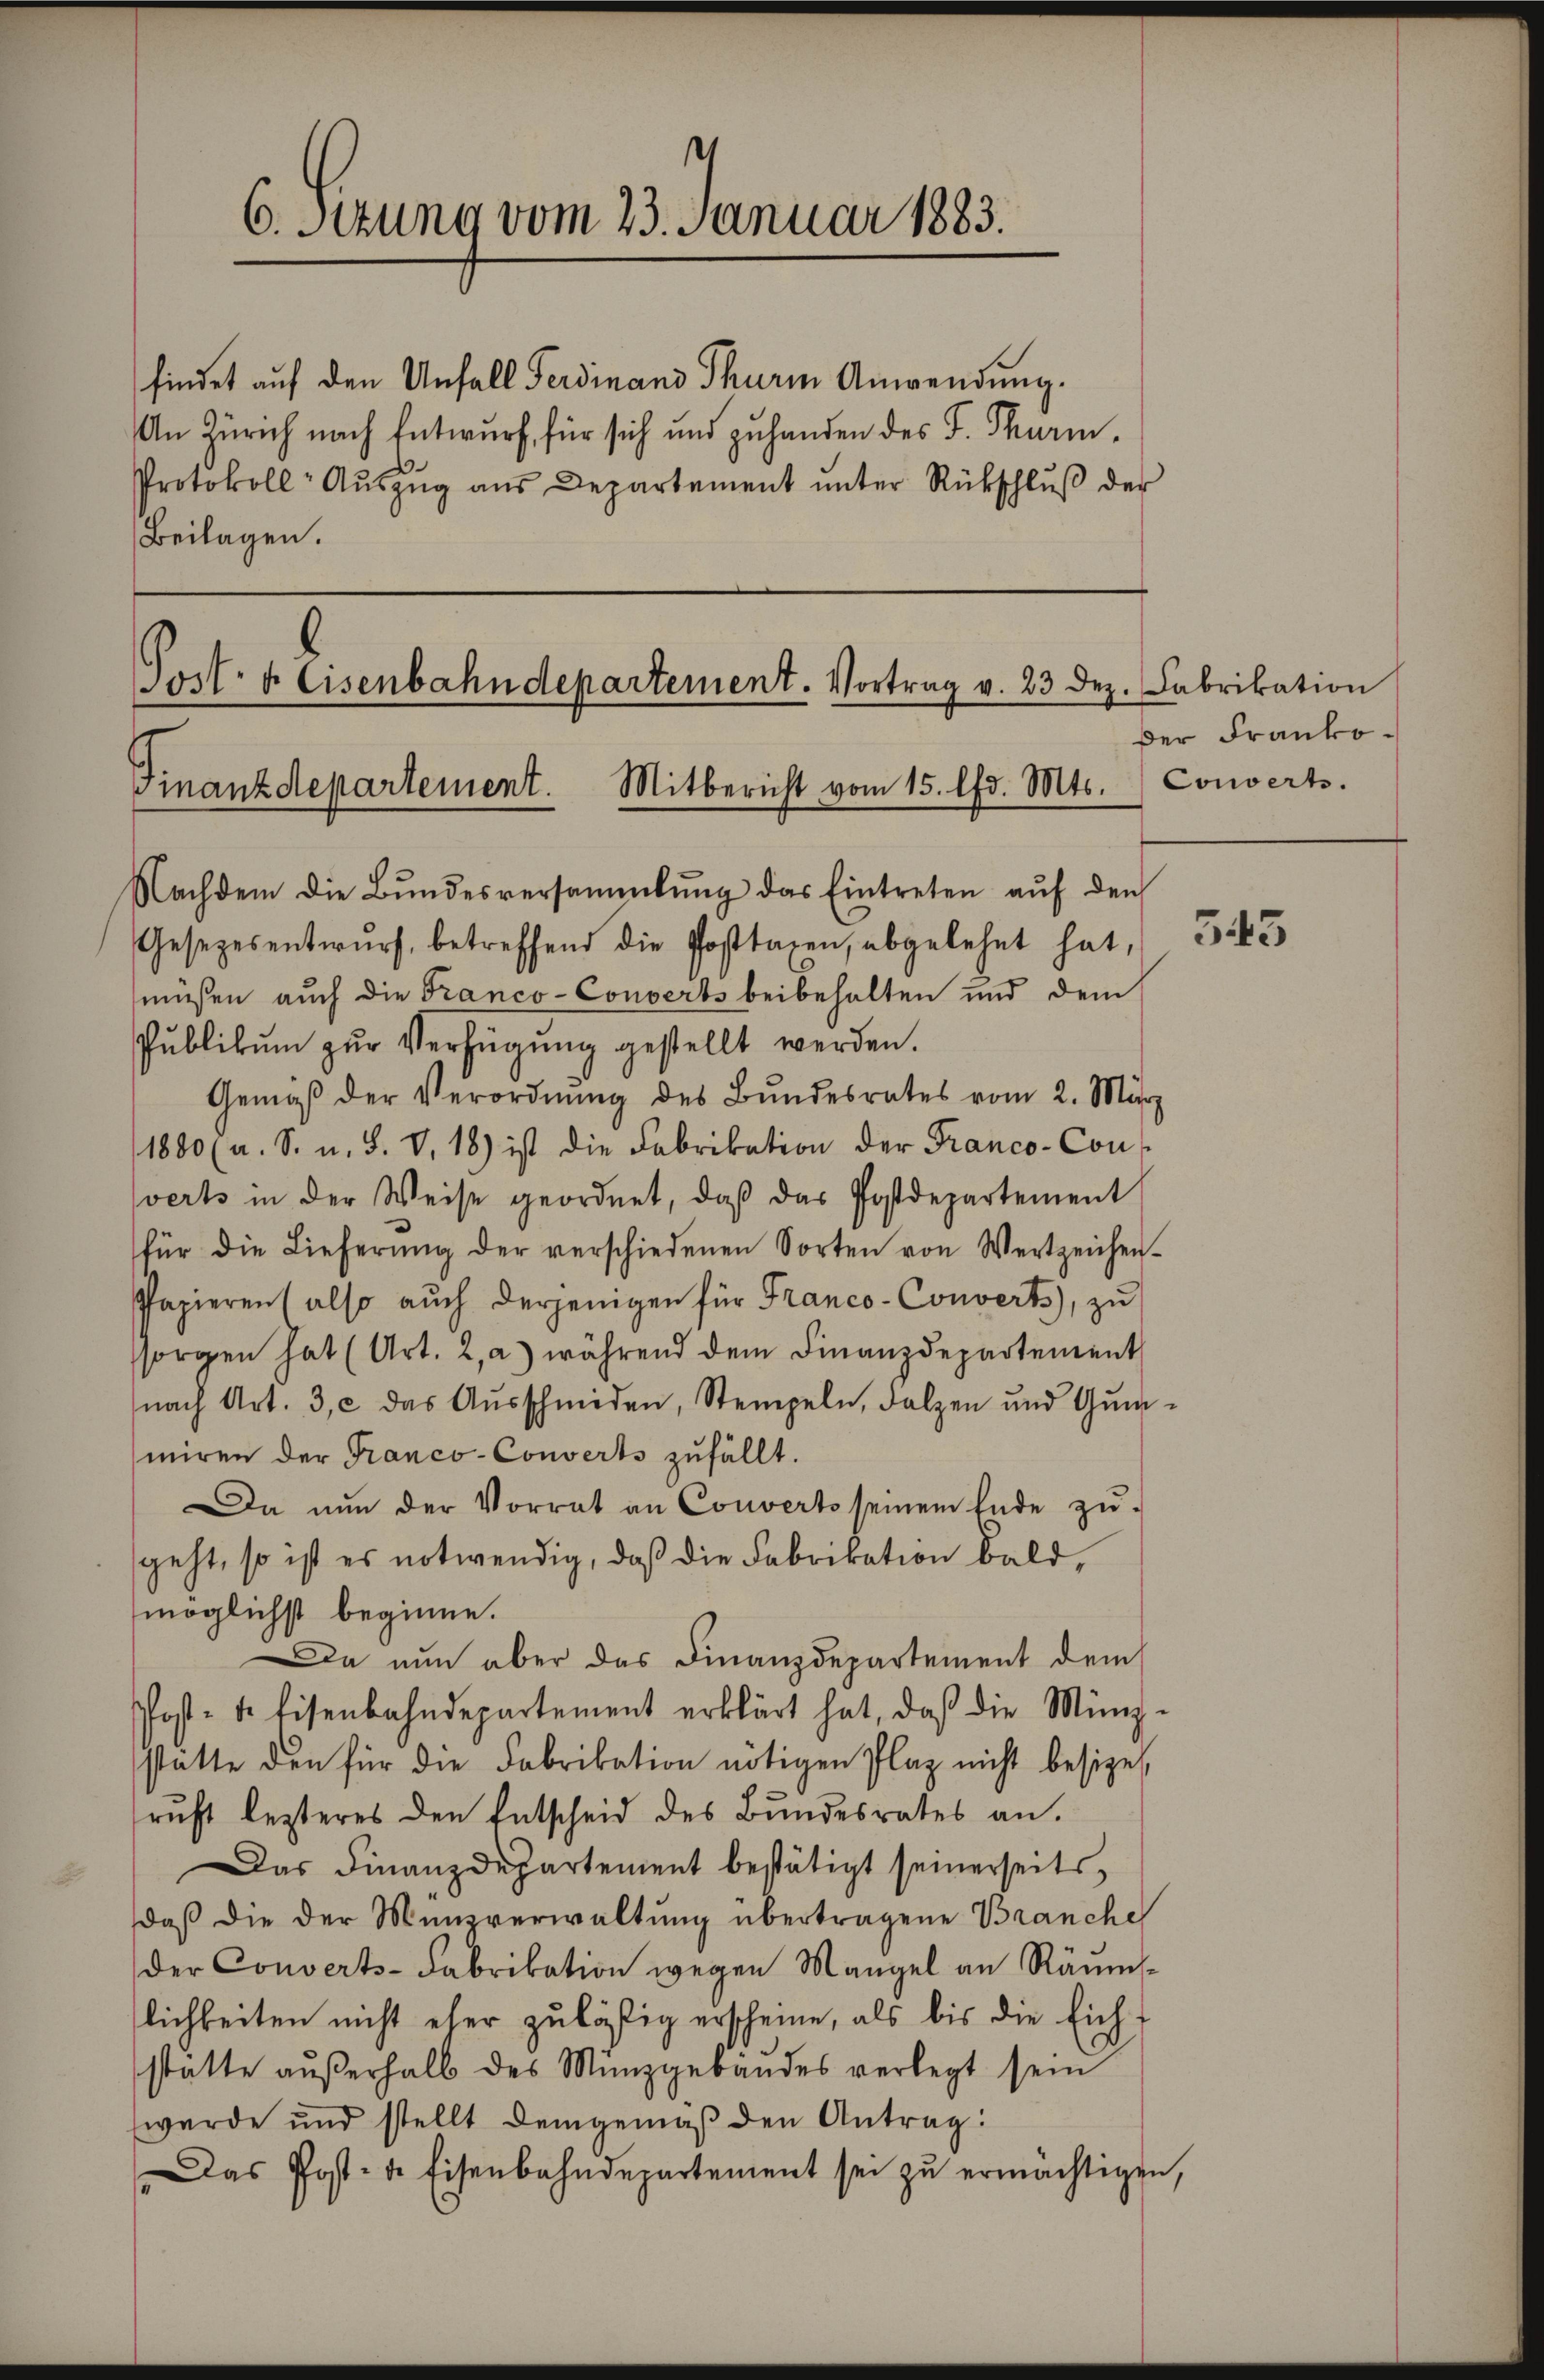
6. Sitzung vom 23. Januar 1883.

findet auf den Unfall Ferdinand Thurm Anwendung.
An Zürich nach Entwurf für sich und zuhanden des F. Thurm-
Protokoll- Aŭszŭg aŭs Departement ŭnter Rückschlŭβ der
Beilagen.

Jost 4 Eisenbahndepartement. Vortrag v. 23 Dez. Fabrikation
Finanzdepartement. Mitbericht vom 15. lfd. Mts. Converts.

Nachdem die Bŭndesversammlung das Eintreten aŭf den
Gesezesentwŭrf betreffend die Posttaxen, abgelehnt hat,
müßen auch die Franco-Converts beibehalten und dem
Publikum zur Verfügung gestellt werden.
Gemäβ der Verordnung des Bundesrates vom 2. März
1880 (a. S. u. S. V.18) ist die Fabrikation der Franco-Con
verts in der Weise geordnet, daβ das Postdepartement
für die Lieferŭng der verschiedenen Sorten von Wertzeichen-
Papierens also auch derjenigen für Franco-Converts, zu
sorgen hat (Art. 2, a) während dem Finanzdepartement
nach Art. 3, c. das Aŭsschmiden, Stempeln, salzen und Gŭm-
miren der Franco- Converts zufällt.
Da nun der Vorrat an Converts seinem Ende zŭ-
geht, so ist es notwendig, daβ die Fabrikation bald,
möglichst beginne.
Da nun aber das Finanzdepartement dem
Post- der Eisenbahndepartement erklärt hat, daß die Münz-
stätte den für die Fabrikation nötigen Plaz nicht besize
ruft lezteres den Entscheid des Bundesrates an.
Das Finanzdepartement bestätigt seinerseits,
daß die der Münzverwaltung übertragene Branche
der Converts-Fabrikation wegen Mangel an Räŭm-
lichkeiten nicht eher zuläßig erscheine, als bis die Eicht
stätte aŭβerhalb des Münzgebäudes verlegt sein
werde und stellt demgemäß den Antrag:
Das Post- & Eisenbahndepartement sei zŭ ermächtigen.

der Franko¬

343